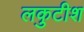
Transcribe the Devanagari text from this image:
लकुटीश